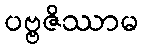
ပဗ္ဗဇိဿာမ